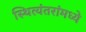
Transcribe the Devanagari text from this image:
स्थित्यंतरांमध्ये